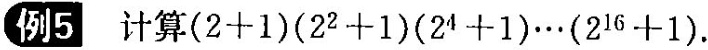
例5 计算$$( 2 + 1) ( 2 ^ { 2 } + 1 ( 2 ^ { 4 } + 1 ) ( 2 ^ { 1 6 } + 1 )$$.